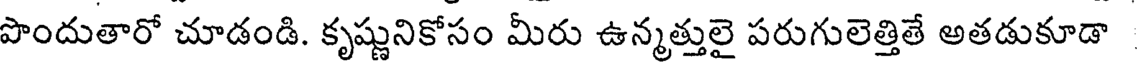
పొందుతారో చూడండి. కృష్ణునికోసం మీరు ఉన్మత్తులై పరుగులెత్తితే అతడుకూడా